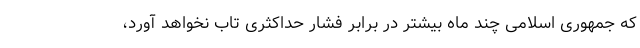
که جمهوری اسلامی چند ماه بیشتر در برابر فشار حداکثری تاب نخواهد آورد،